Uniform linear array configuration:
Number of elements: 8
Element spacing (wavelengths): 1
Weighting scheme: uniform
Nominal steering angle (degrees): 60
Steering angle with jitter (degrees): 59.404
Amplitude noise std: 0.05
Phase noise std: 0.05

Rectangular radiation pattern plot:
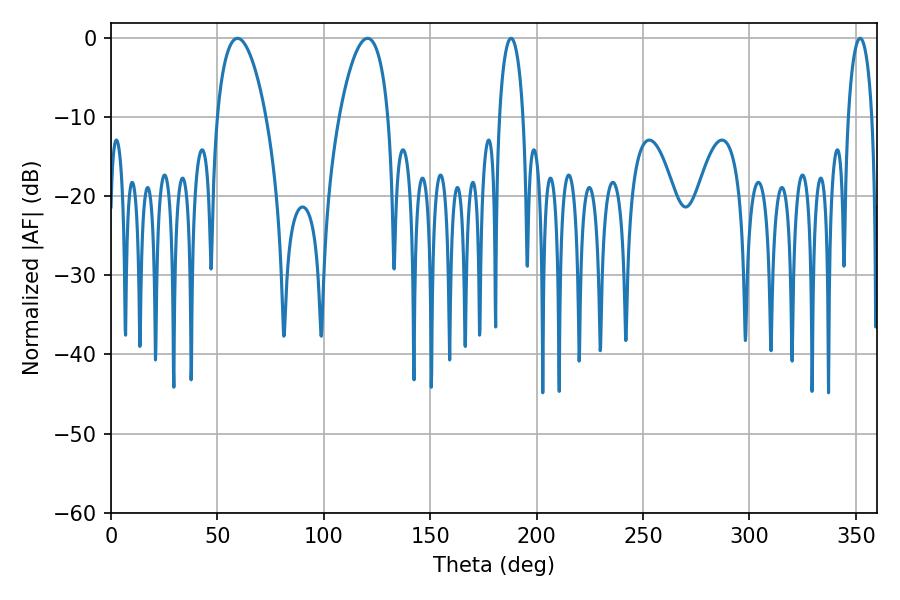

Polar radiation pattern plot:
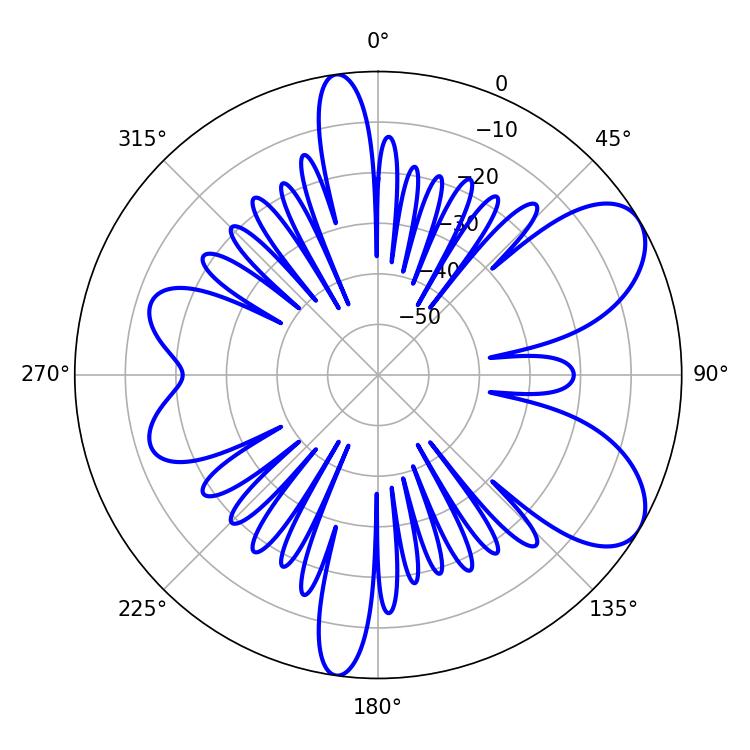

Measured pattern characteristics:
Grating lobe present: TRUE
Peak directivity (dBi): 7.499
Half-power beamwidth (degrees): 12.96
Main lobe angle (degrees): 59.4